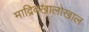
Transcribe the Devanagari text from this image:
माद्रिदखालोखाल